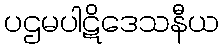
ပဌမပါဋိဒေသနီယ